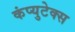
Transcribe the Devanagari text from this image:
कंप्युटेक्स